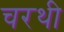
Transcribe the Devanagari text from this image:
चरथी